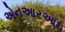
એનઆરઆઇ